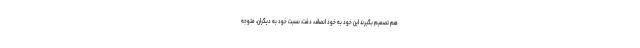
هم تصمیم بگیرند این خود به خود انصاف، دقت، نسبت خود به دیگران، متوجه